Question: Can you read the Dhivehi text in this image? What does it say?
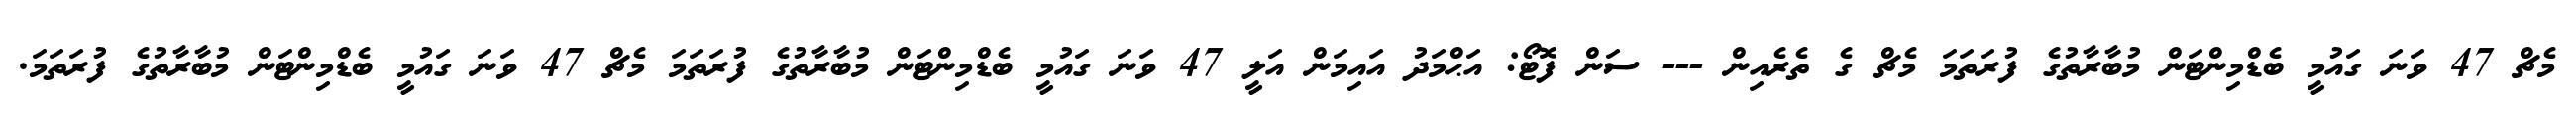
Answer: މެޗް 47 ވަނަ ގައުމީ ބެޑްމިންޓަން މުބާރާތުގެ ފުރަތަމަ މެޗް ގެ ތެރެއިން --- ސަން ފޮޓޯ: އަޙްމަދު އައިމަން އަލީ 47 ވަނަ ގައުމީ ބެޑްމިންޓަން މުބާރާތުގެ ފުރަތަމަ މެޗް 47 ވަނަ ގައުމީ ބެޑްމިންޓަން މުބާރާތުގެ ފުރަތަމަ.